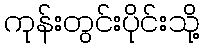
ကုန်းတွင်းပိုင်းသို့